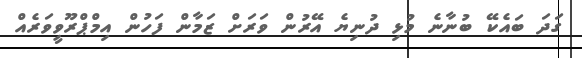
ގަދަ ބައެކޭ ބުނާނެ މުޅި ދުނިޔެ އޭރުން ވަރަށް ޒަމާން ފަހުން އިމްޕްރޫވީވަރެއް